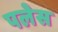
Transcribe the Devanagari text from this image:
पलेस